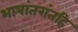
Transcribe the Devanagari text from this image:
भाषांतरांतहि